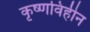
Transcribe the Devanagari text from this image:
कृष्णविहीन